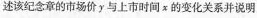
描述该纪念章的市场价y与上市时间x的变化关系并说明